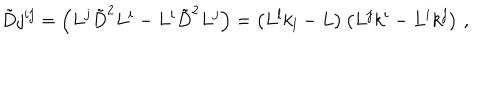
\tilde { D } j ^ { i j } = \left( L ^ { j } \tilde { D } ^ { 2 } L ^ { i } - L ^ { i } \tilde { D } ^ { 2 } L ^ { j } \right) = \left( L ^ { l } k _ { l } - L \right) \left( L ^ { j } k ^ { i } - L ^ { i } k ^ { j } \right) \, ,